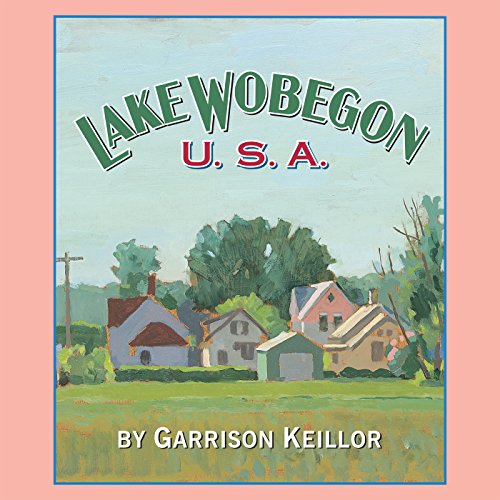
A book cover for Lake Wobegon USA; Garrison Keillor; Humor & Entertainment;